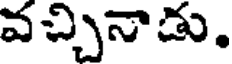
వచ్చినాడు.